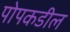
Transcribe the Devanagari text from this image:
पोपकडील